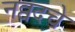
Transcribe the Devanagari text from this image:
नव्वदचे